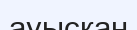
ауыскан